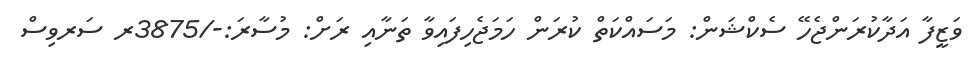
ވަޒީފާ އަދާކުރަންޖެހޭ ސެކްޝަން: މަސައްކަތް ކުރަން ހަމަޖެހިފައިވާ ތަނާއި ރަށް: މުސާރަ:-/3875ރ ސަރވިސް